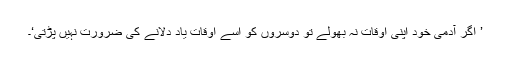
’ اگر آدمی خود اپنی اوقات نہ بھولے تو دوسروں کو اسے اوقات یاد دلانے کی ضرورت نہیں پڑتی‘۔